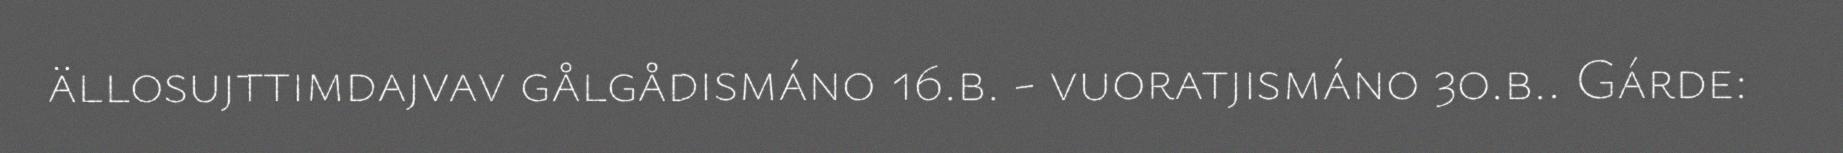
ällosujttimdajvav gålgådismáno 16.b. - vuoratjismáno 30.b.. Gárde: